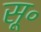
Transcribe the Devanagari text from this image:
सू॰